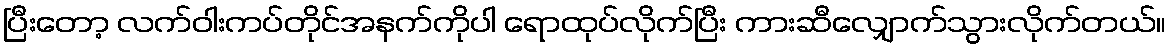
ပြီးတော့ လက်ဝါးကပ်တိုင်အနက်ကိုပါ ရောထုပ်လိုက်ပြီး ကားဆီလျှောက်သွားလိုက်တယ်။